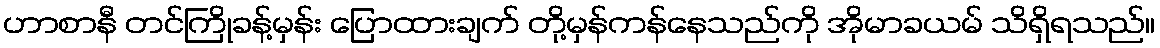
ဟာစာနီ တင်ကြိုခန့်မှန်း ပြောထားချက် တို့မှန်ကန်နေသည်ကို အိုမာခယမ် သိရှိရသည်။